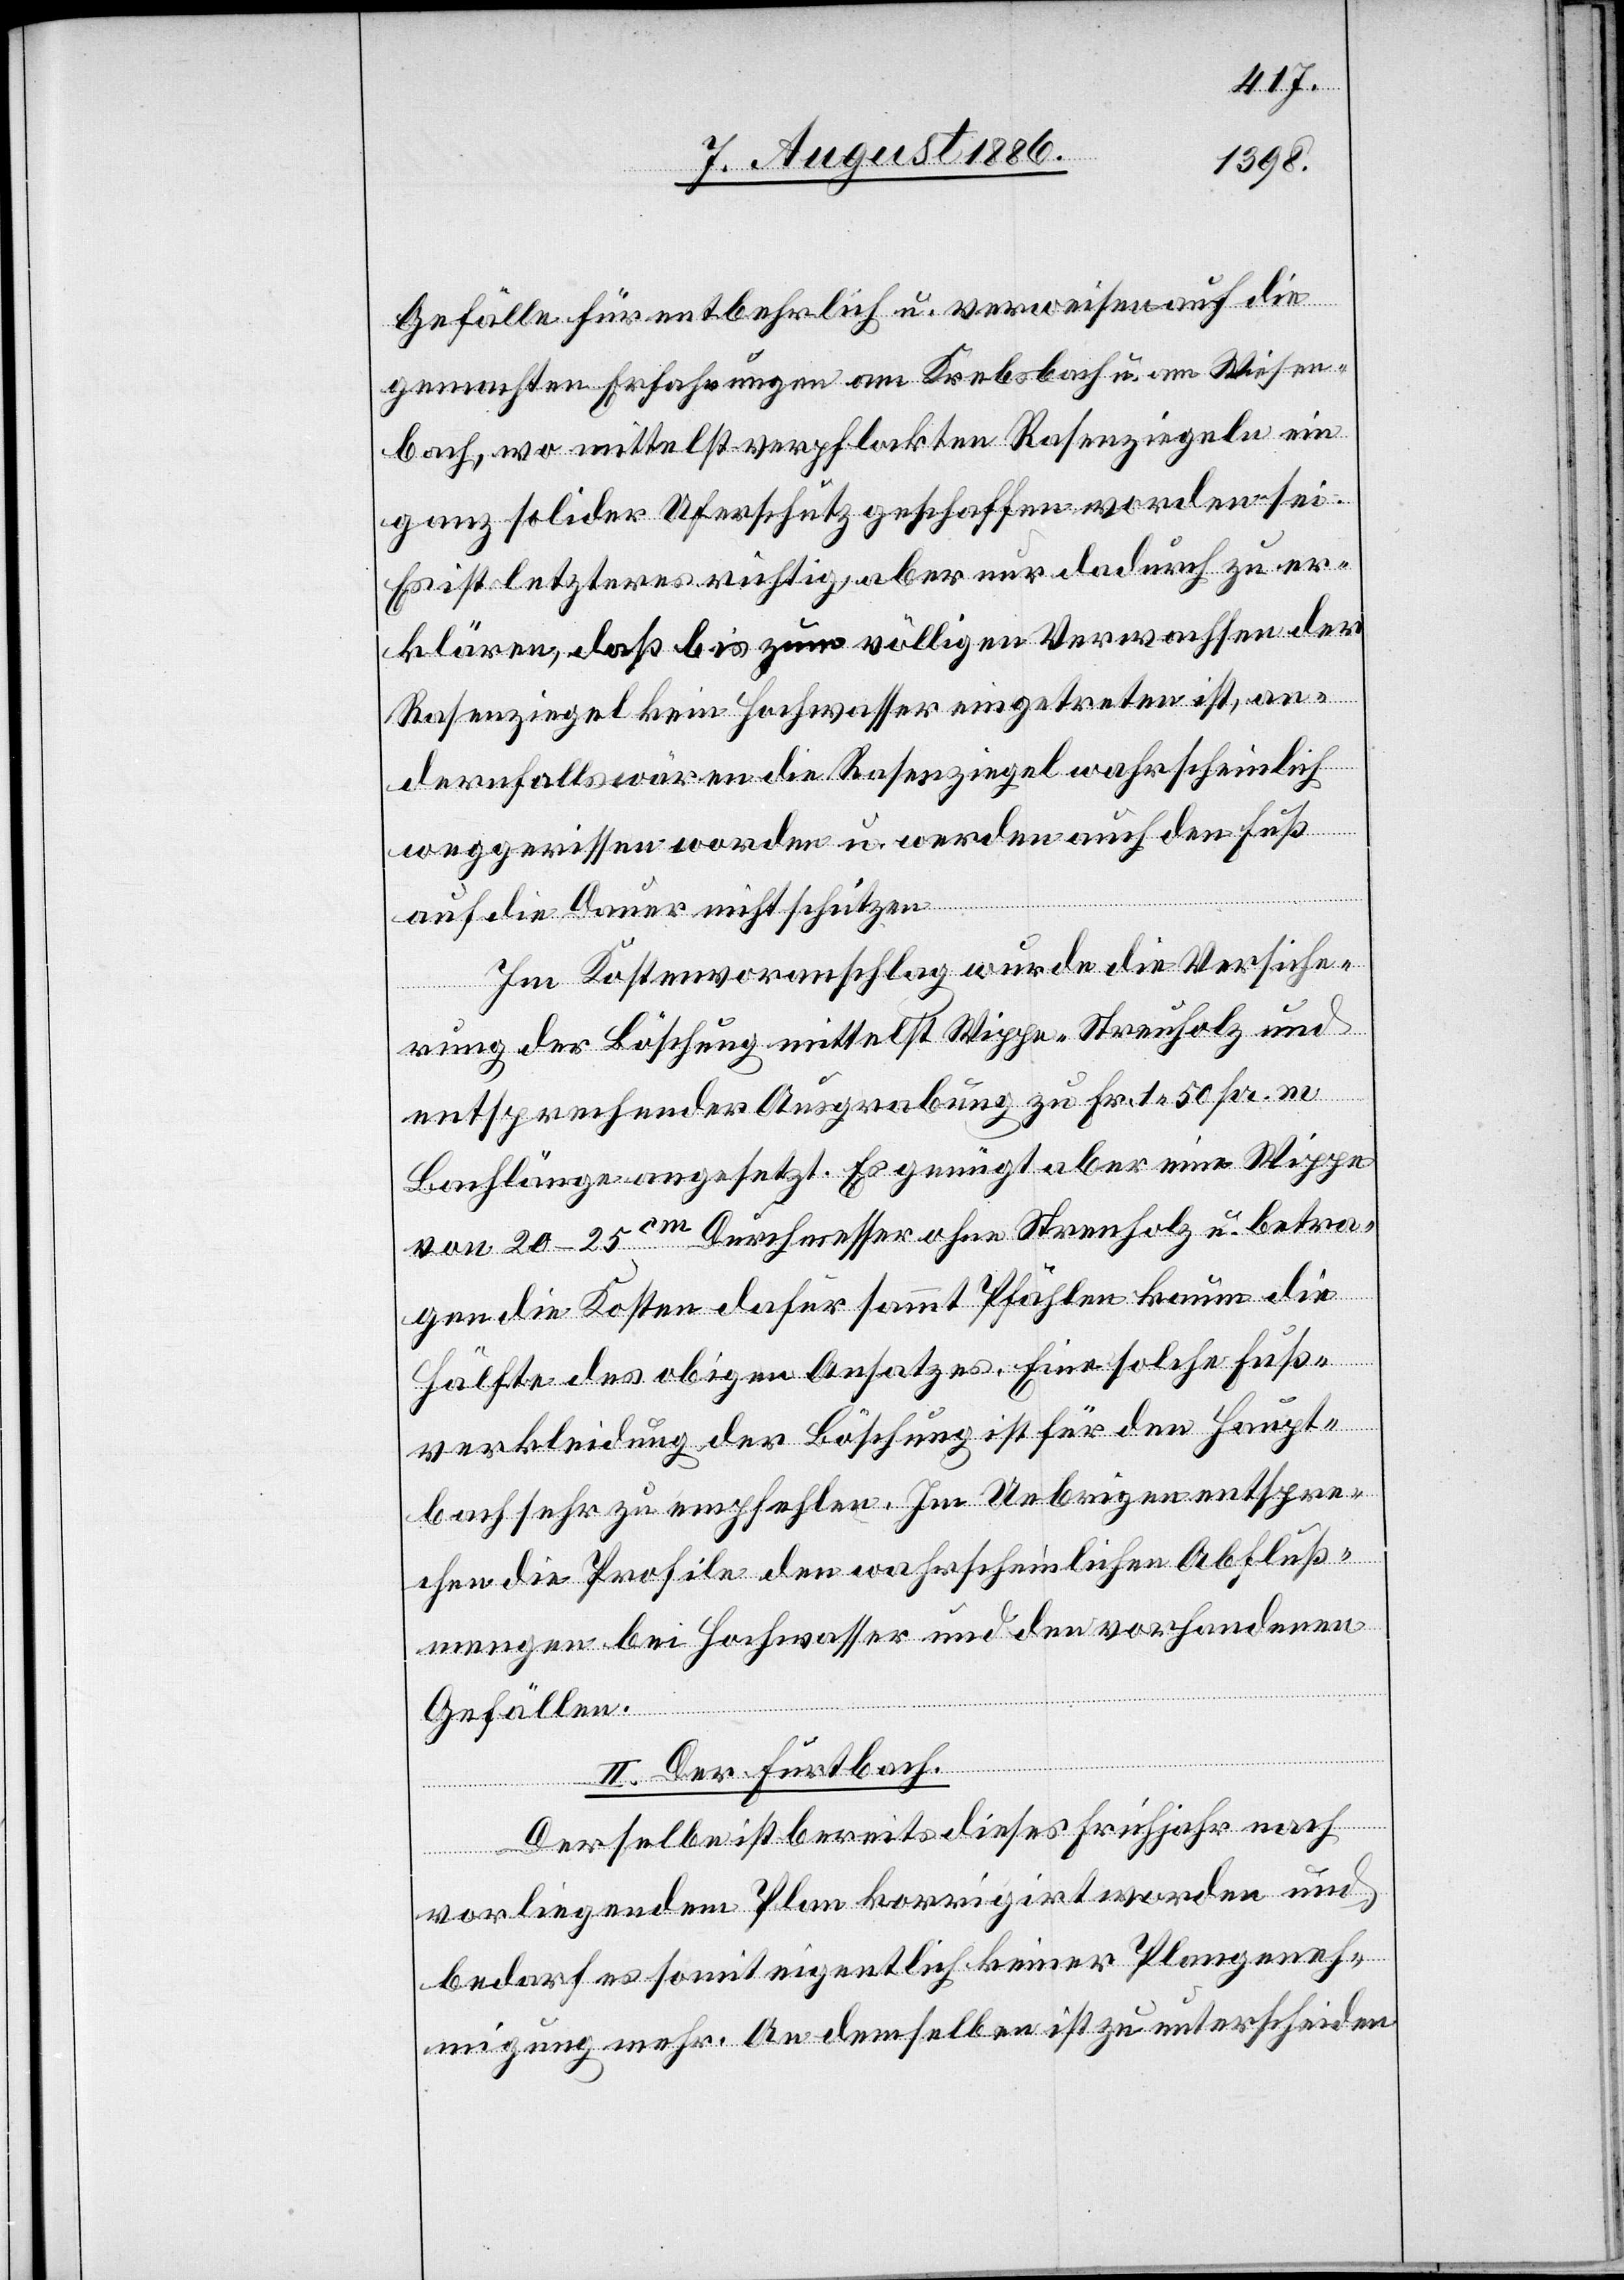
Gefälle für entbehrlich u. verweisen auf die
gemachten Erfahrungen am Krebsbach u. am Wiesen¬
bach, wo mittelst verpflockten Rasenziegeln ein
ganz solider Uferschutz geschaffen worden sei.
Es ist letzteres richtig, aber nur dadurch zu er¬
klären, daß bis zum völligen Verwachsen der
Rasenziegel kein Hochwasser eingetreten ist, an¬
dernfalls wären die Rasenziegel wahrscheinlich
weggerissen worden u. werden auch den Fuß
auf die Dauer nicht schützen
Im Kostenvoranschlag wurde die Versiche¬
rung der Böschung mittelst Wippe- [recte: Wi¬
und
entsprechender Ausgrabung zu Fr. 1 50 pr. m
Bachlänge angesetzt. Es genügt aber eine Wippe
von 20–25cm Durchmesser ohne Streuholz u. betra¬
gen die Kosten dafür sammt Pfählen kaum die
Hälfte des obigen Ansatzes. Eine solche Fuß¬
verkleidung der Böschung ist für den Haupt¬
bach sehr zu empfehlen. Im Uebrigen entspre¬
chen die Profile den wahrscheinlichen Abfluß¬
mengen bei Hochwasser und den vorhandenen
Gefällen.
II. Der Furtbach.
Derselbe ist bereits dieses Frühjahr nach
vorliegendem Plan korrigirt worden und
bedarf es somit eigentlich keiner Plangeneh¬
migung mehr. An demselben ist zu unterscheiden